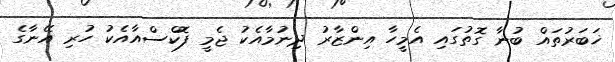
ޚަބަރުތައް ބުނާ ގޮތުގައި އެމީހާ އިންޒާރު ދިނުމާއެކު ޖެމީ ފޮކްސްއާއެކު ހުރި އޭނާގެ